Report of the Hyderabad Chloroform Commission
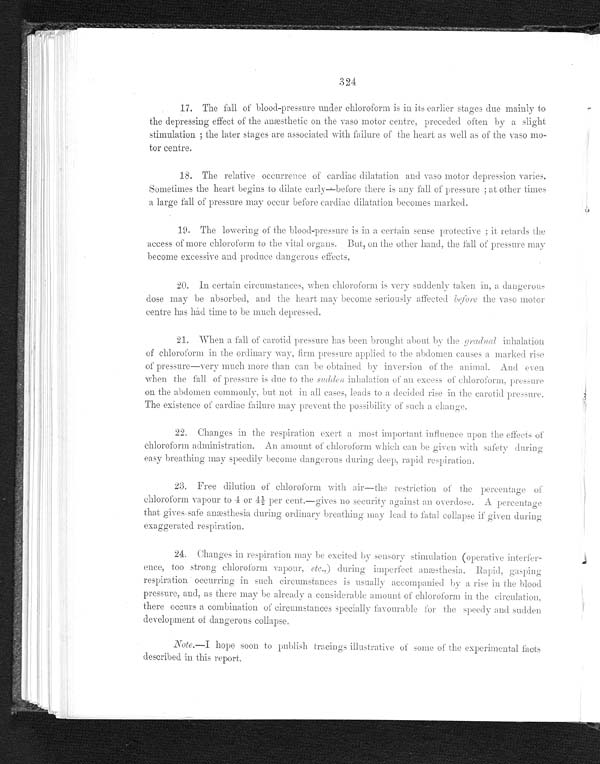
324
17. The fall of blood-pressure under chloroform is in its earlier stages due mainly to
the depressing effect of the anæsthetic on the vaso motor centre, preceded often by a slight
stimulation; the later stages are associated with failure of the heart as well as of the vaso mo-
- t o r c e n t r e .
16. The relative occurrence of cardiac dilatation and vaso motor depression varies.
Sometimes the heart begins to dilate early—before there is any fall of pressure; at other times
a large fall of pressure may occur before cardiac dilatation becomes marked.
19. The lowering of the blood-pressure is in a certain sense protective; it retards the
access of more chloroform to the vital organs. But, on the other hand, the fall of pressure may
become excessive and produce dangerous effects.
20. In certain circumstances, when chloroform is very suddenly taken in, a dangerous
dose may be absorbed, and the heart may become seriously affected before the vaso motor
centre has had time to be much depressed.
21. When a fall of carotid pressure has been brought about by the
g r a d u a l
i n h a l a t i o n o f C h l o r o f o r m i n t h e o r d i n a r y w a y , f i r m p r e s s u r e a p p l i e d t o t h e a b d o m e n c a u s e s a m a r k e d r i s e
of pressure—very much more than can be obtained by inversion of the animal. And
e v e n w h e n t h e f a l l o f p r e s s u r e i s d u e t o t h es
u d d e n
i n h a l a t i o n o f a n e x c e s s o f c h l o r o f o r m , p r e s s u r e
on the abdomen commonly, but not in all cases, leads to a decided rise in the carotid pressure.
The existence of cardiac failure may prevent the possibility a such a change.
22. Changes in the respiration exert a most important influence upon the effects of
chloroform administration. An amount of chloroform which can be given with safety during
easy breathing may speedily become dangerous during deep, rapid respiration.
23. Free dilution of chloroform with air—the restriction of the percentage of
chloroform vapour to 4 or 4½ per cent.—gives no security against an overdose. A
p e r c e n t a g e t h a t g i v e s s a f e a n æ s t h e s i a d u r i n g o r d i n a r y b r e a t h i n g m a y l e a d t o f a t a l c o l l a p s e i f g i v e n d u r i n g
exaggerated respiration.
24. Changes in respiration may be excited by sensory stimulation (operative interfer
- e n c e , t o o s t r o n g c h l o r o f o r m v a p o u r ,e
t c
. , ) d u r i n g i m p e r f e c t a n æ s t h e s i a .
R a p i d , g a s p i n g r e s p i r a t i o n o c c u r r i n g i n s u c h c i r c u m s t a n c e s i s u s u a l l y a c c o m p a n i e d b y a r i s e i n t h e b l o o d
pressure, and, as there may be already a considerable amount of chloroform in the circulation,
there occurs a combination of circumstances specially favourable for the speedy and sudden
development of dangerous collapse.
Note.—I
hope soon to publish tracings illustrative of some of the experimental facts
described in this report.